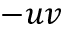
- u v